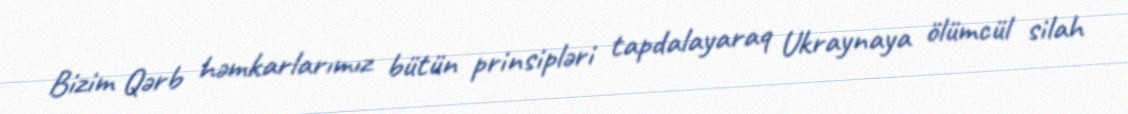
Bizim Qərb həmkarlarımız bütün prinsipləri tapdalayaraq Ukraynaya ölümcül silah